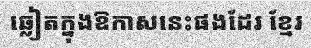
ឆ្លៀតក្នុងឱកាសនេះផងដែរ ខ្មែរ